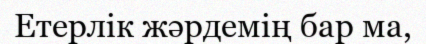
Етерлік жәрдемің бар ма,